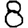
Digit: 8